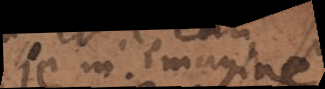
je m’imagine